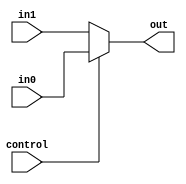
`timescale 1ns / 1ps

module Mux_32 (in0,in1,control,out);
    input [31:0] in0;
    input [31:0] in1;
    input control;
    output [31:0] out;

    assign out=control?in0:in1;    

endmodule //Mux_32